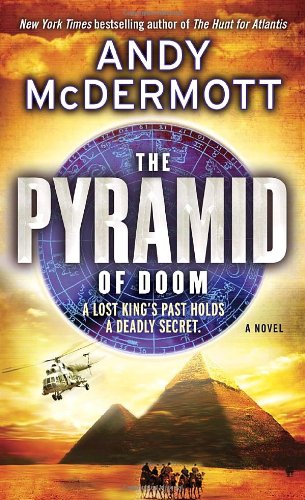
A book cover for The Pyramid of Doom: A Novel; Andy McDermott; Literature & Fiction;